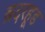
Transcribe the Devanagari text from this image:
ब्रदरहूड